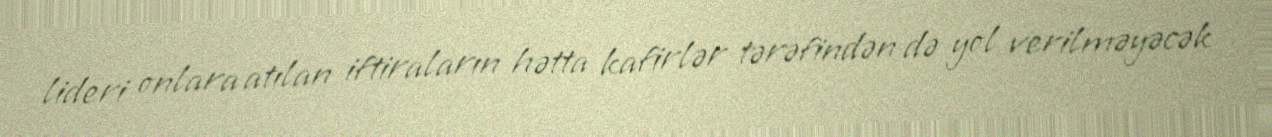
lideri onlara atılan iftiraların hətta kafirlər tərəfindən də yol verilməyəcək